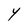
Character: Y